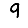
Digit: 9